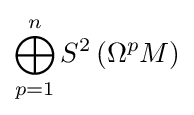
\bigoplus _{p=1}^{n}S^{2}\left(\Omega ^{p}M\right)